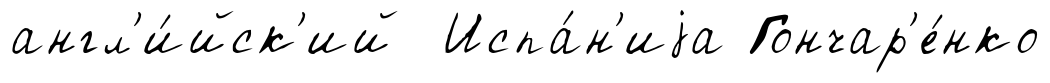
англ'и́йск'ий Испа́н'иjа Гончар'е́нко